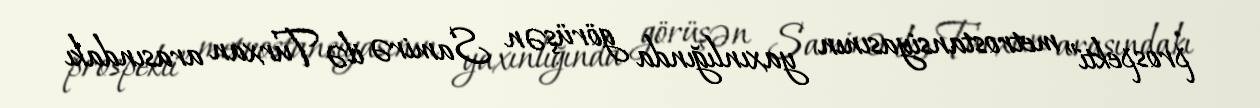
prospekti” metrostansiyasının yaxınlığında görüşən Samirə ilə Turxan arasındakı